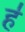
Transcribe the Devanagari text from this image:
ह॑